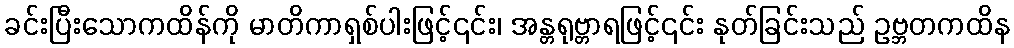
ခင်းပြီးသောကထိန်ကို မာတိကာရှစ်ပါးဖြင့်၎င်း၊ အန္တရုဗ္တာရဖြင့်၎င်း နုတ်ခြင်းသည် ဥဗ္ဘတကထိန